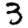
Digit: 3